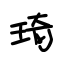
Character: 琦